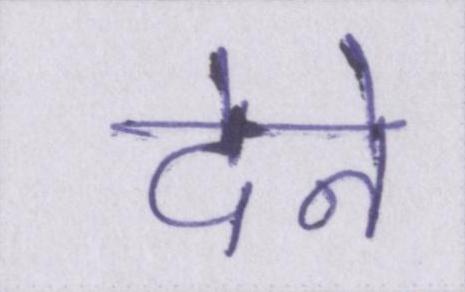
देने